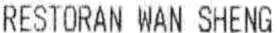
RESTORAN WAN SHENG